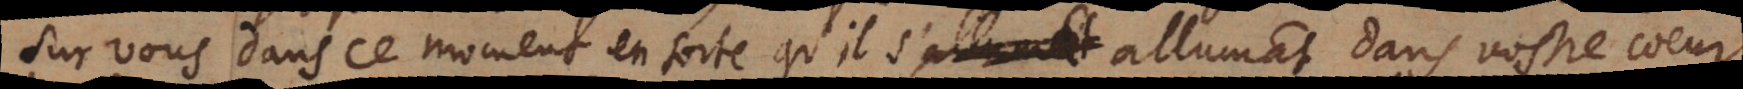
sur vous dans ce moment, en sorte qu’il s’allumât dans vostre coeur